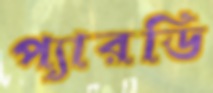
প্যারডি